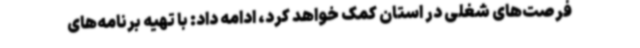
فرصت‌های شغلی در استان کمک خواهد کرد، ادامه داد: با تهیه برنامه‌های